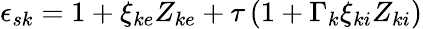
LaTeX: \begin{array}{r}{\epsilon_{s{k}}=1+\xi_{ke}Z_{ke}+\tau\left(1+\Gamma_{k}\xi_{ki}Z_{ki}\right)}\end{array}